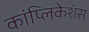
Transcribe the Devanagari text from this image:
कांप्लिकेशंस